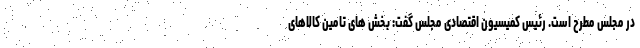
در مجلس مطرح است. رئیس کمیسیون اقتصادی مجلس گفت: بخش های تامین کالاهای